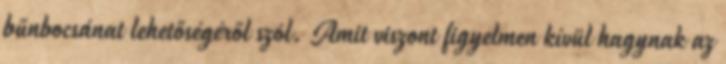
bűnbocsánat lehetőségéről szól. Amit viszont figyelmen kívül hagynak az